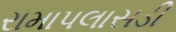
રામાપલાસડી